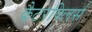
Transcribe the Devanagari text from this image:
कैटरपिलर्स